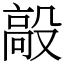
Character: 毃